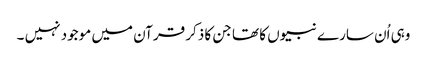
وہی اُن سارے نبیوں کا تھا جن کا ذکر قرآن میں موجود نہیں ۔